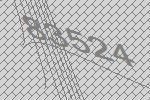
83524